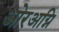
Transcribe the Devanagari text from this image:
ओरअग्नि